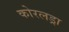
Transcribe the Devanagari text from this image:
कोरलड्रा